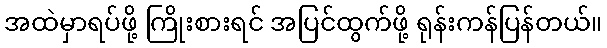
အထဲမှာရပ်ဖို့ ကြိုးစားရင် အပြင်ထွက်ဖို့ ရုန်းကန်ပြန်တယ်။